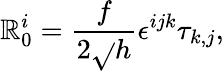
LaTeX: \mathbb{R}_{0}^{i}=\frac{{f}}{{2\sqrt{}{{h}}}}\epsilon^{ijk}\tau_{k,j},